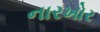
નારખોર